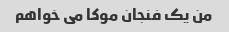
من یک فنجان موکا می خواهم